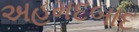
અહમદબાદ